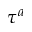
\tau ^ { a }